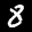
Label: 8